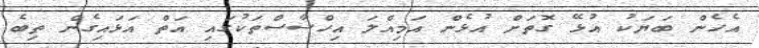
އެހެން ބަޔަކު އުޅޭ ގޮތަށް އުޅެން އަމިއްލަ އިހްސާސްތަކުގައި އަތް އަޅައިގެން ތިބެ